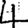
Digit: 4